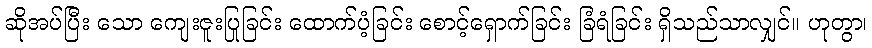
ဆိုအပ်ပြီး သော ကျေးဇူးပြုခြင်း ထောက်ပံ့ခြင်း စောင့်ရှောက်ခြင်း ခြံရံခြင်း ရှိသည်သာလျှင်။ ဟုတွာ၊